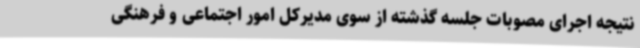
نتیجه اجرای مصوبات جلسه گذشته از سوی مدیرکل امور اجتماعی و فرهنگی